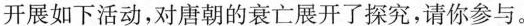
开展如下活动，对唐朝的衰亡展开了探究，请你参与。